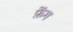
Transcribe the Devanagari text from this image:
फ़ेंग